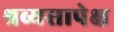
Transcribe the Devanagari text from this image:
श्रव्यसापेक्ष